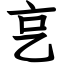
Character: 㐔